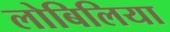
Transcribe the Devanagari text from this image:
लोबिलिया